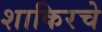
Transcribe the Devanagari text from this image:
शाकिरचे